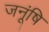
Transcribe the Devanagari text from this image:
जनूंषि